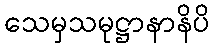
သေမှသမုဋ္ဌာနာနိပိ